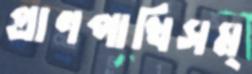
প্রাণপাখিসম্